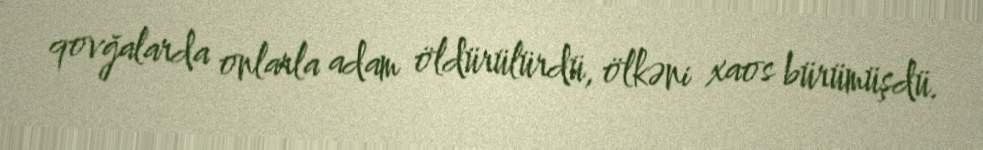
qovğalarda onlarla adam öldürülürdü, ölkəni xaos bürümüşdü.